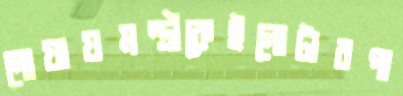
নোয়ায়মন্ত্রীকেইলোটাবপা